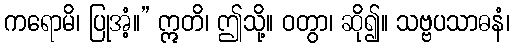
ကရောမိ၊ ပြုအံ့။” ဣတိ၊ ဤသို့။ ဝတွာ၊ ဆို၍။ သဗ္ဗပသာဓနံ၊